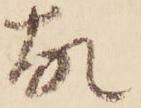
故